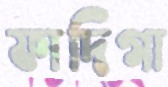
ফাদিগা